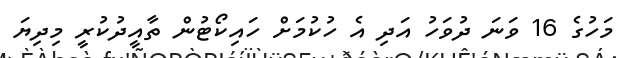
މަހުގެ 16 ވަނަ ދުވަހު އަދި އެ ހުކުމަށް ހައިކޯޓުން ތާއީދުކުރީ މިދިޔަ